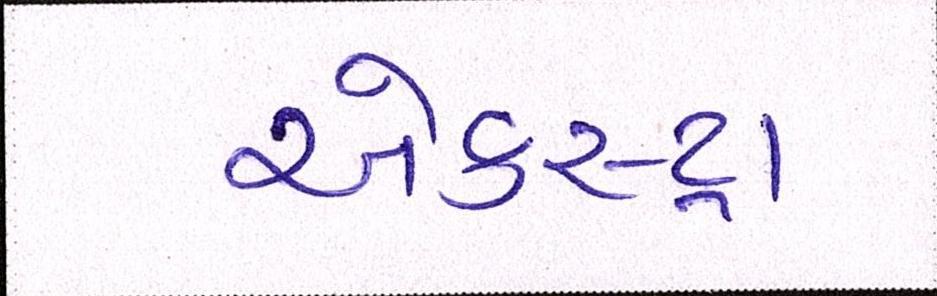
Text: એકસ્ટ્રા